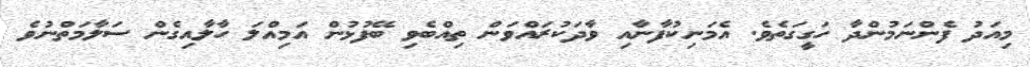
މިއަދު ފެންނަމުންދާ ހަގީގަތެވެ. އެމަނިކުފާނާއި ވާދަކުރައްވަން ތިއްބެވި ބޭފުޅުން އަމިއްލަ ހާލާއިގެން ސަލާމަތްނުވެ